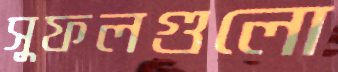
সুফলগুলো